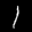
Label: 1